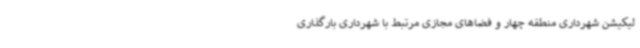
لیکیشن شهرداری منطقه چهار و فضاهای مجازی مرتبط با شهرداری بارگذاری